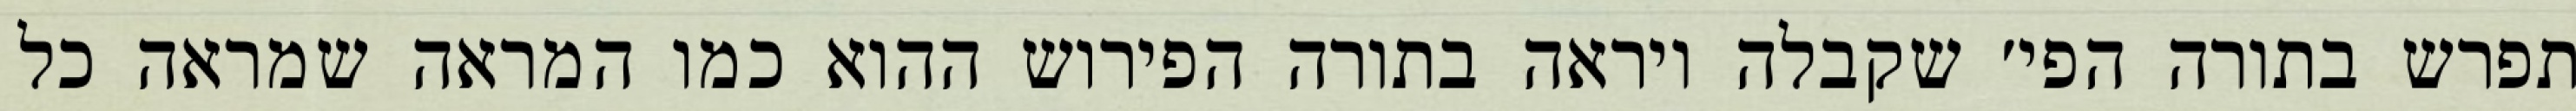
תפרש בתורה הפי׳ שקבלה ויראה בתורה הפירוש ההוא כמו המראה שמראה כל